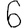
Digit: 6